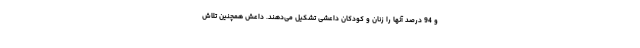
و 94 درصد آنها را زنان و کودکان داعشی تشکیل می‌دهند. داعش همچنین تلاش